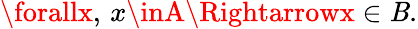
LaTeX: \forallx,\, x\inA\Rightarrowx\in\mathit{B}.